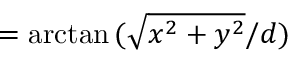
= \arctan { ( \sqrt { x ^ { 2 } + y ^ { 2 } } / d ) }